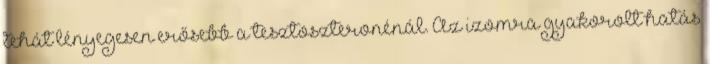
tehát lényegesen erősebb a tesztoszteronénál. Az izomra gyakorolt hatás